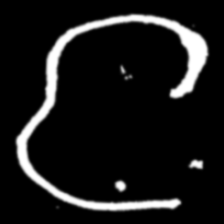
Pyu character \u2014 Myanmar letter: င (romanized: nga)